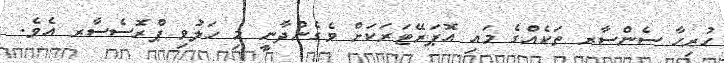
ހުރިހާ ސެންސާރ ތަކެއްގެ މައި އޮޕަރޭޓަރަކަށް ވެގެންދާނީ މި ހަލުވި ޕްރޮސެސާރ އެވެ.